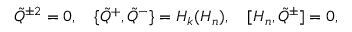
\tilde { Q } { } ^ { \pm 2 } = 0 , \quad \{ \tilde { Q } { } ^ { + } , \tilde { Q } { } ^ { - } \} = { \cal H } _ { k } ( H _ { n } ) , \quad [ H _ { n } , \tilde { Q } { } ^ { \pm } ] = 0 ,